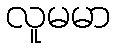
လူမမာ